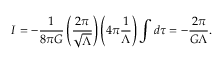
I = - \frac { 1 } { 8 \pi G } \left( \frac { 2 \pi } { \sqrt { \Lambda } } \right) \left( 4 \pi \frac { 1 } { \Lambda } \right) \int d \tau = - \frac { 2 \pi } { G \Lambda } .